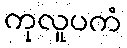
ကုလူပကံ